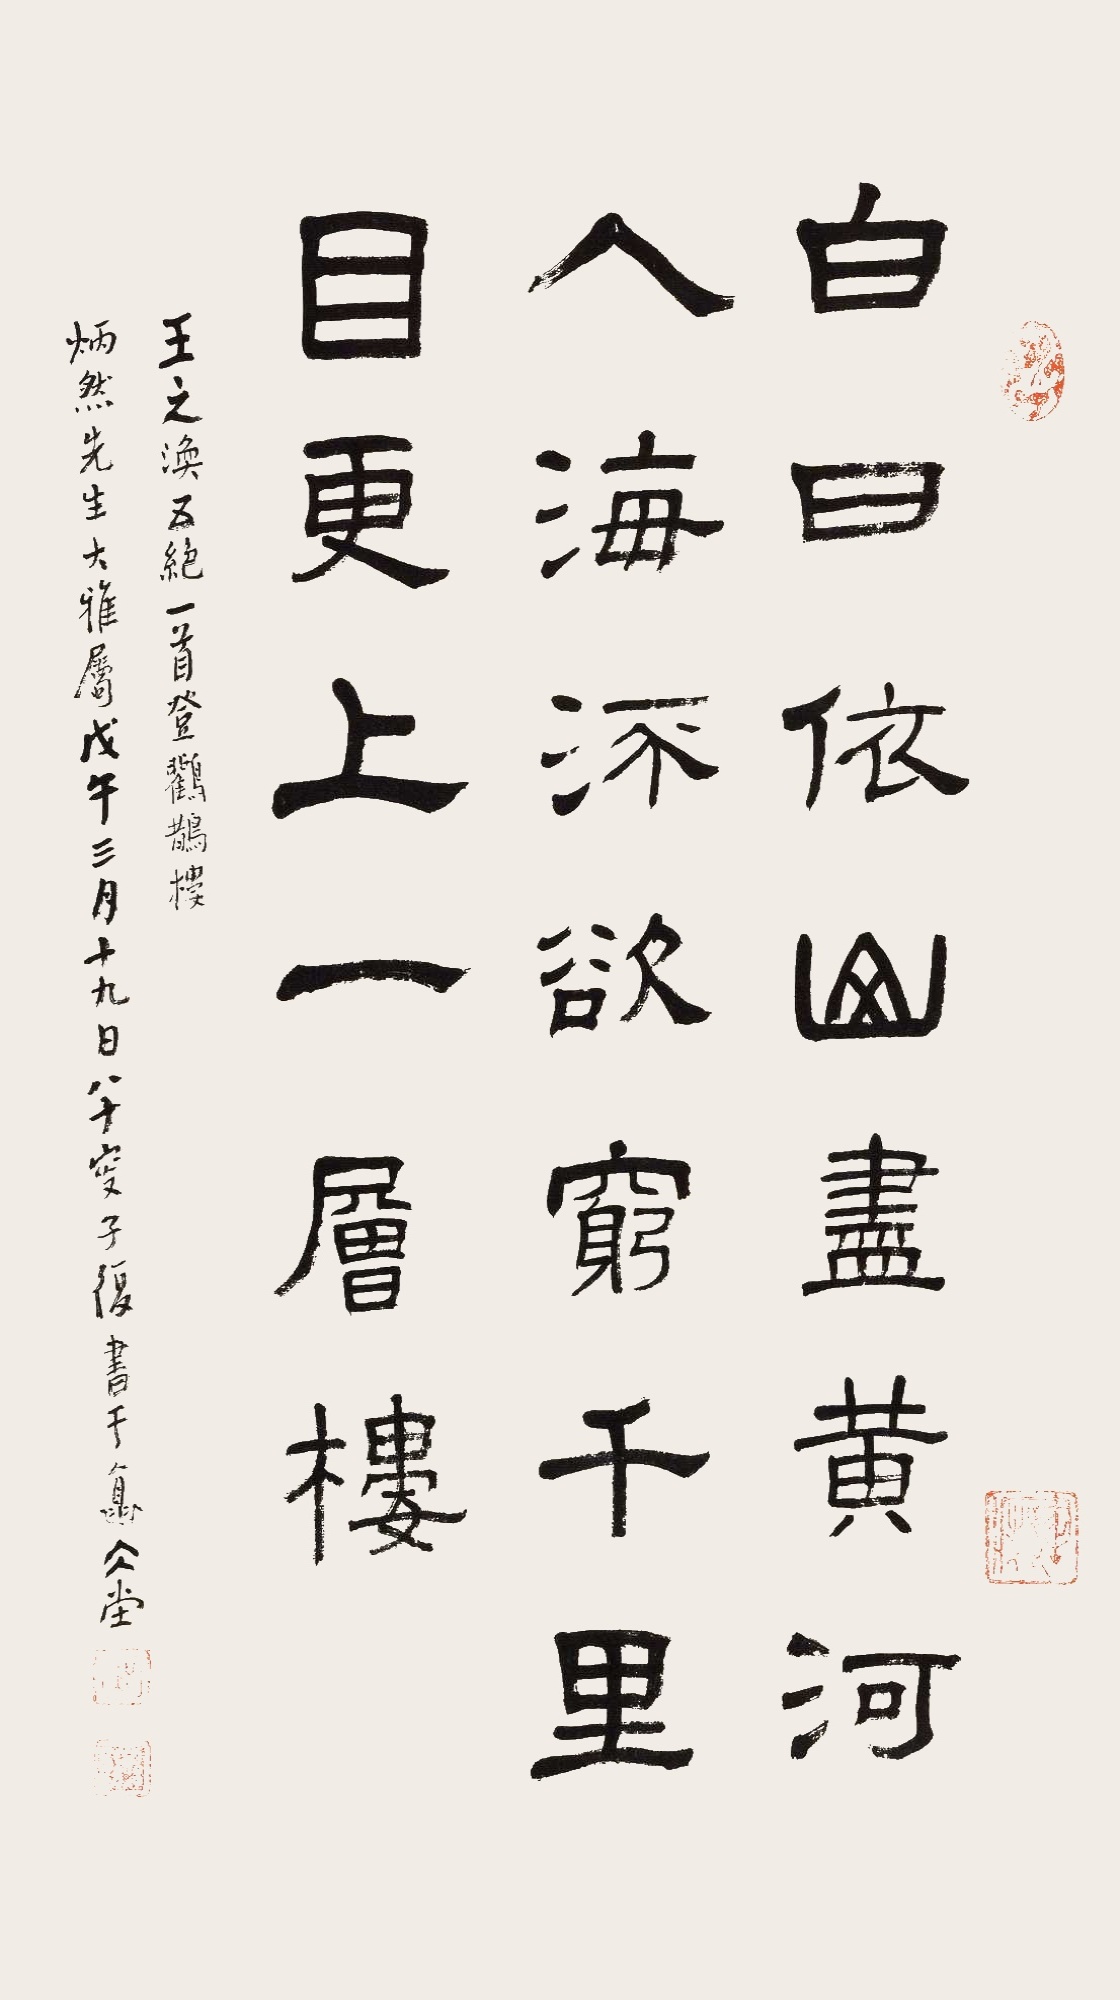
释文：白日依山尽，黄河入海流。欲穷千里目，更上一层楼。王之涣五绝一首《登鹳雀楼》。炳然先生大雅属。戊午三月十九日，八十叟子复书于怀冰堂。